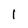
Character: l